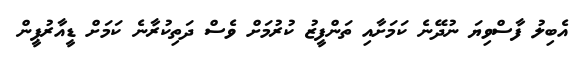
އެބިލު ފާސްވިޔަ ނުދޭނެ ކަމަށާއި ތަންފީޒު ކުރުމަށް ވެސް ދަތިކުރާނެ ކަމަށް ޑީއާރުޕީން